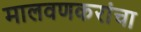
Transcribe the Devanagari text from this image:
मालवणकरांचा